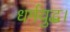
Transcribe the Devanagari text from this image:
धर्मयुद्ध।